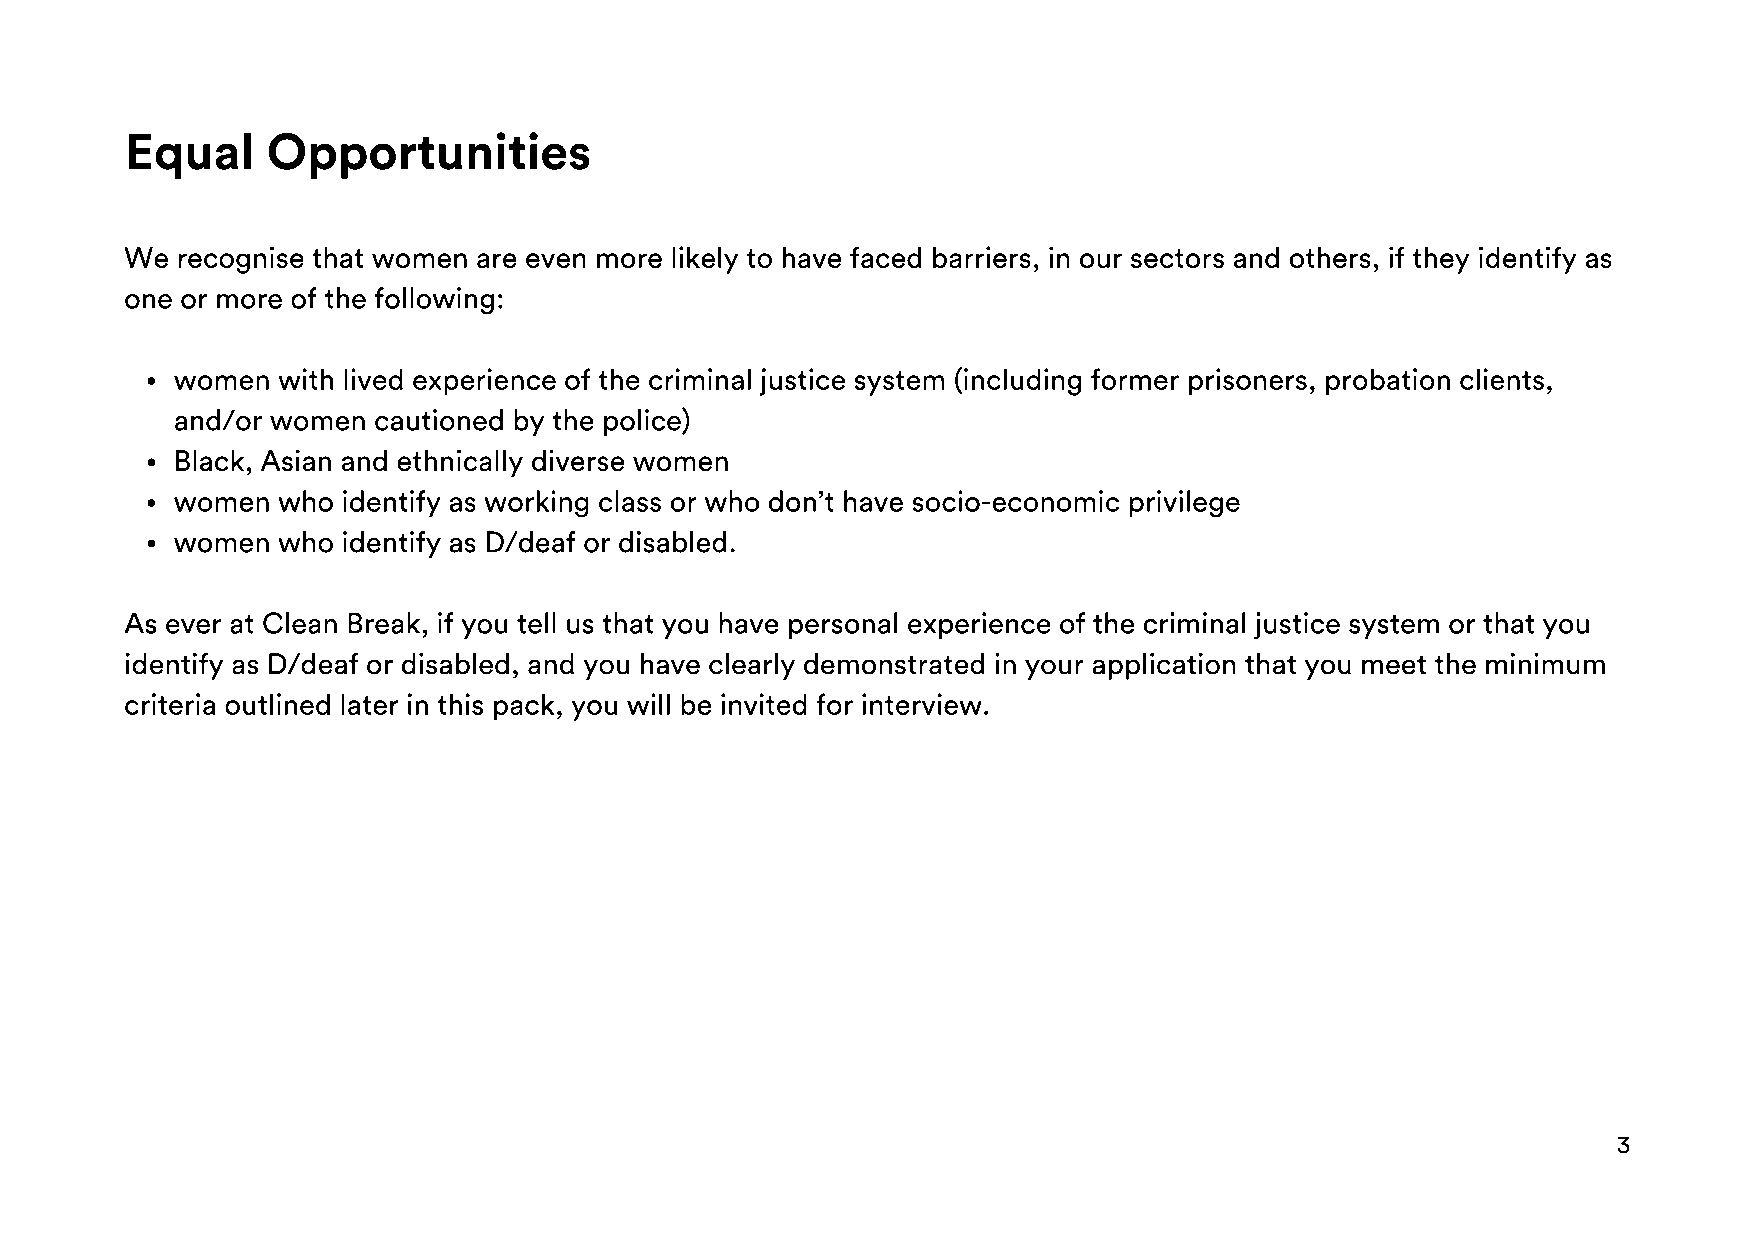
Equal     Opportunities
 We  recognise that women are even more likely to have faced barriers, in our sectors and others, if they identify as
 one or more of the following:
 women  with lived experience of the criminal justice system (including former prisoners, probation clients,
 and/or women  cautioned by the police)
 Black, Asian and ethnically diverse women
 women  who  identify as working class or who don’t have socio-economic privilege
 women  who  identify as D/deaf or disabled.
 As ever at Clean Break, if you tell us that you have personal experience of the criminal justice system or that you
 identify as D/deaf or disabled, and you have clearly demonstrated in your application that you meet the minimum
 criteria outlined later in this pack, you will be invited for interview.
 3